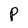
Character: P